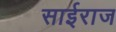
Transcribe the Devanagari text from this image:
साईराज